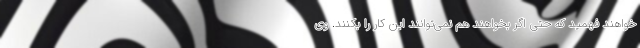
خواهند فهمید که حتی اگر بخواهند هم نمی‌توانند این کار را بکنند. وی